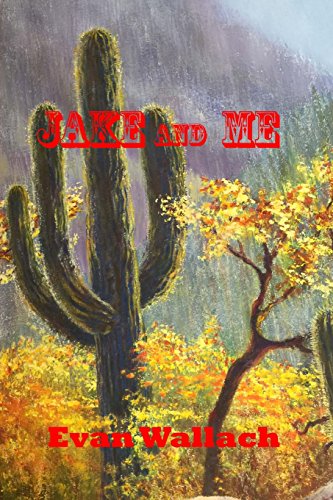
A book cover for Jake and Me; Evan J Wallach; Teen & Young Adult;